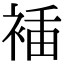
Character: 𧚎